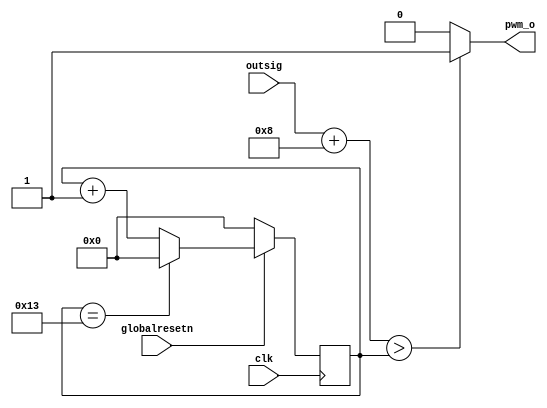
`timescale 1ns / 1ps
//////////////////////////////////////////////////////////////////////////////////
// Company: 
// Engineer: 
// 
// Design Name: 
// Module Name: pwm_control
// Project Name: 
// Target Devices: 
// Tool Versions: 
// Description: 
// 
// Dependencies: 
// 
// Revision:
// Revision 0.01 - File Created
// Additional Comments:
// 
//////////////////////////////////////////////////////////////////////////////////


module pwm_control(
    input clk,
    input globalresetn,
    output pwm_o,
    input [3:0] outsig
    );
    
    wire [3:0] outsig_t;
    reg [4:0] counter;
    //reg [9:0]counter_1;
    
    assign outsig_t = outsig + 4'd8;
    assign pwm_o = outsig_t>counter?1:0;
    
    always@(posedge  clk)
    begin
        if(globalresetn == 1'b0)
        begin
            counter <= 1'b0;
        end
        else if(counter == 5'd19)
            counter <= 1'b0;
        else
            counter = counter + 'b1; 
     end
                
endmodule